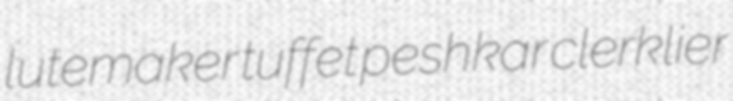
lutemaker tuffet peshkar clerklier